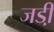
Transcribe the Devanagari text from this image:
जडी़